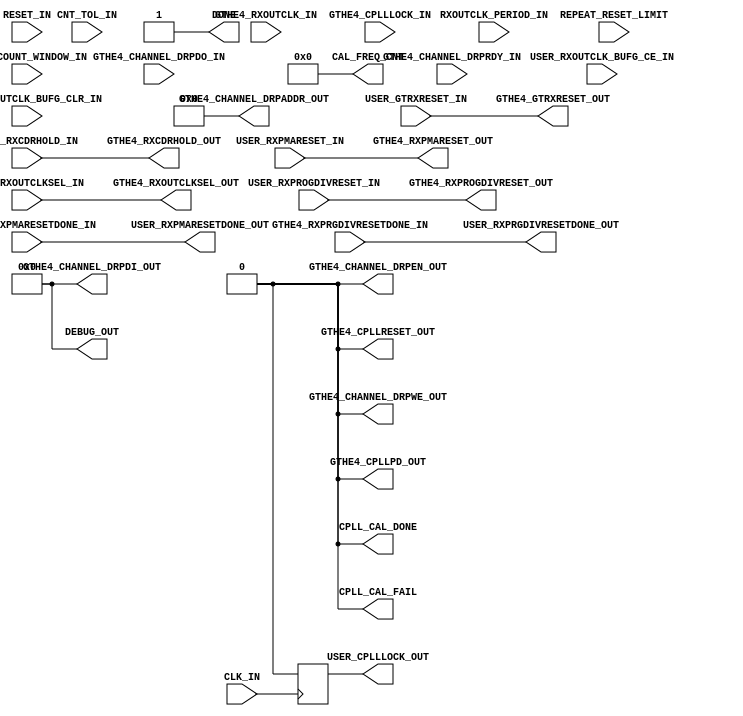
//------------------------------------------------------------------------------
//  (c) Copyright 2013-2015 Xilinx, Inc. All rights reserved.
//
//  This file contains confidential and proprietary information
//  of Xilinx, Inc. and is protected under U.S. and
//  international copyright and other intellectual property
//  laws.
//
//  DISCLAIMER
//  This disclaimer is not a license and does not grant any
//  rights to the materials distributed herewith. Except as
//  otherwise provided in a valid license issued to you by
//  Xilinx, and to the maximum extent permitted by applicable
//  law: (1) THESE MATERIALS ARE MADE AVAILABLE "AS IS" AND
//  WITH ALL FAULTS, AND XILINX HEREBY DISCLAIMS ALL WARRANTIES
//  AND CONDITIONS, EXPRESS, IMPLIED, OR STATUTORY, INCLUDING
//  BUT NOT LIMITED TO WARRANTIES OF MERCHANTABILITY, NON-
//  INFRINGEMENT, OR FITNESS FOR ANY PARTICULAR PURPOSE; and
//  (2) Xilinx shall not be liable (whether in contract or tort,
//  including negligence, or under any other theory of
//  liability) for any loss or damage of any kind or nature
//  related to, arising under or in connection with these
//  materials, including for any direct, or any indirect,
//  special, incidental, or consequential loss or damage
//  (including loss of data, profits, goodwill, or any type of
//  loss or damage suffered as a result of any action brought
//  by a third party) even if such damage or loss was
//  reasonably foreseeable or Xilinx had been advised of the
//  possibility of the same.
//
//  CRITICAL APPLICATIONS
//  Xilinx products are not designed or intended to be fail-
//  safe, or for use in any application requiring fail-safe
//  performance, such as life-support or safety devices or
//  systems, Class III medical devices, nuclear facilities,
//  applications related to the deployment of airbags, or any
//  other applications that could lead to death, personal
//  injury, or severe property or environmental damage
//  (individually and collectively, "Critical
//  Applications"). Customer assumes the sole risk and
//  liability of any use of Xilinx products in Critical
//  Applications, subject only to applicable laws and
//  regulations governing limitations on product liability.
//
//  THIS COPYRIGHT NOTICE AND DISCLAIMER MUST BE RETAINED AS
//  PART OF THIS FILE AT ALL TIMES.
//------------------------------------------------------------------------------

// ***************************
// * DO NOT MODIFY THIS FILE *
// ***************************

`timescale 1ps/1ps

module gtwizard_ultrascale_v1_7_14_gthe4_cpll_cal_rx # (
  parameter C_SIM_CPLL_CAL_BYPASS = 1'b1,
  parameter SIM_RESET_SPEEDUP     = "TRUE",
  parameter CPLL_CAL_ONLY_TX      = 1,
  parameter C_FREERUN_FREQUENCY   = 100
)(
  // control signals
  input   wire  [17:0]  RXOUTCLK_PERIOD_IN,
  input   wire  [17:0]  CNT_TOL_IN,
  input   wire  [15:0]  FREQ_COUNT_WINDOW_IN,
  // User Interface
  input   wire          RESET_IN,
  input   wire          CLK_IN,
  
  input   wire          USER_RXPROGDIVRESET_IN,
  output  wire          USER_RXPRGDIVRESETDONE_OUT,
  output  wire          USER_RXPMARESETDONE_OUT,
  input   wire  [2:0]   USER_RXOUTCLKSEL_IN,
  input   wire          USER_RXOUTCLK_BUFG_CE_IN,
  input   wire          USER_RXOUTCLK_BUFG_CLR_IN,
  output  reg           USER_CPLLLOCK_OUT,
  input   wire          USER_GTRXRESET_IN, 
  input   wire          USER_RXCDRHOLD_IN,
  input   wire          USER_RXPMARESET_IN,
  // Debug Interface
  output  wire          CPLL_CAL_FAIL,
  output  wire          CPLL_CAL_DONE,
  output  wire  [15:0]  DEBUG_OUT,
  output  wire  [17:0]  CAL_FREQ_CNT,
  input         [3:0]   REPEAT_RESET_LIMIT,
  // GT Interface
  input   wire          GTHE4_RXOUTCLK_IN,
  input   wire          GTHE4_CPLLLOCK_IN,
  output  wire          GTHE4_CPLLRESET_OUT,
  output  wire          GTHE4_CPLLPD_OUT,
  output  wire          GTHE4_RXPROGDIVRESET_OUT,
  output  wire   [2:0]  GTHE4_RXOUTCLKSEL_OUT,
  input   wire          GTHE4_RXPRGDIVRESETDONE_IN,
  output  wire  [9:0]   GTHE4_CHANNEL_DRPADDR_OUT,
  output  wire  [15:0]  GTHE4_CHANNEL_DRPDI_OUT,
  output  wire          GTHE4_CHANNEL_DRPEN_OUT,
  output  wire          GTHE4_CHANNEL_DRPWE_OUT,
  input   wire          GTHE4_CHANNEL_DRPRDY_IN,
  input   wire  [15:0]  GTHE4_CHANNEL_DRPDO_IN, 
  output  wire          GTHE4_GTRXRESET_OUT,
  output  wire          GTHE4_RXPMARESET_OUT,
  output  wire          GTHE4_RXCDRHOLD_OUT,
  input   wire          GTHE4_RXPMARESETDONE_IN,
  output  wire          DONE
);

generate if (CPLL_CAL_ONLY_TX == 1)
begin: gen_cal_rx_dis
  assign GTHE4_RXPROGDIVRESET_OUT   =   USER_RXPROGDIVRESET_IN;
  assign GTHE4_GTRXRESET_OUT        =   USER_GTRXRESET_IN; 
  assign GTHE4_RXOUTCLKSEL_OUT      =   USER_RXOUTCLKSEL_IN;
  assign GTHE4_RXCDRHOLD_OUT        =   USER_RXCDRHOLD_IN;
  assign GTHE4_RXPMARESET_OUT       =   USER_RXPMARESET_IN; 
  assign USER_RXPRGDIVRESETDONE_OUT =   GTHE4_RXPRGDIVRESETDONE_IN;
  assign USER_RXPMARESETDONE_OUT    =   GTHE4_RXPMARESETDONE_IN; 
  assign  CPLL_CAL_DONE              =  1'd0;
  assign  CPLL_CAL_FAIL              =  1'd0;
  assign  DONE                       =  1'd1;
  assign  GTHE4_CHANNEL_DRPEN_OUT    =  1'd0;
  assign  GTHE4_CHANNEL_DRPWE_OUT    =  1'd0;
  assign  GTHE4_CPLLPD_OUT           =  1'd0;
  assign  GTHE4_CPLLRESET_OUT        =  1'd0;
  assign  DEBUG_OUT                  = 16'd0;
  assign  GTHE4_CHANNEL_DRPDI_OUT    = 16'd0;
  assign  CAL_FREQ_CNT               = 18'd0;
  assign  GTHE4_CHANNEL_DRPADDR_OUT  = 10'd0;

  always @(posedge CLK_IN) begin
    if(RESET_IN)
    	USER_CPLLLOCK_OUT <= 1'b0;
    else
    	USER_CPLLLOCK_OUT <= 1'b0;
  end

end
else
begin: gen_cal_rx_en

  //DRP FSM
  localparam DRP_WAIT      = 0;
  localparam DRP_READ      = 1;
  localparam DRP_READ_ACK  = 2;
  localparam DRP_MODIFY    = 3;
  localparam DRP_WRITE     = 4;
  localparam DRP_WRITE_ACK = 5;
  localparam DRP_DONE      = 6;

  localparam RESET                = 0;
  localparam READ_X114            = 1;
  localparam CHECK_X114_STATUS    = 2;
  localparam READ_PROGDIV_CFG     = 3;
  localparam SAVE_PROGDIV_CFG     = 4;
  localparam MODIFY_PROGDIV       = 5; 
  localparam MODIFY_RXOUTCLK_SEL  = 6;
  localparam ASSERT_RXCDRHOLD     = 7;
  localparam ASSERT_CPLLPD        = 8;
  localparam DEASSERT_CPLLPD      = 9;
  localparam ASSERT_CPLLRESET     = 10;
  localparam DEASSERT_CPLLRESET   = 11;
  localparam WAIT_GTCPLLLOCK      = 12;
  localparam ASSERT_GTRXRESET     = 13;
  localparam WAIT_RXPMARESETDONE  = 14;
  localparam WAIT_RXPMARESETDONE_DEASSERT = 15; 
  localparam WAIT_RXPMARESETDONE_2        = 16;
  localparam ASSERT_PROGDIVRESET  = 17;
  localparam WAIT_PRGDIVRESETDONE = 18;
  localparam CHECK_FREQ           = 19;
  localparam RESTORE_READ_X114    = 20; 
  localparam RESTORE_PROGDIV      = 21;
  localparam CLEAR_FLAG_x114      = 22;
  localparam WAIT_GTCPLLLOCK2     = 23;
  localparam ASSERT_PROGDIVRESET2 = 24;
  localparam WAIT_PRGDIVRESETDONE2= 25;
  localparam CAL_FAIL             = 26;
  localparam CAL_DONE             = 27;
  
  reg [31:0] cpll_cal_state = 31'd0;
  wire [4:0] cpll_cal_state_bin;
  reg [6:0] drp_state = 7'd1;
  wire drp_done;
  reg [9:0] daddr = 10'd0;
  reg [15:0] di = 16'd0;
  wire drdy;
  wire [15:0] dout;
  reg den = 1'b0;
  reg dwe = 1'b0;
  reg wr = 1'b0;
  reg rd = 1'b0;
  reg [15:0] di_msk;
  reg [15:0] mask;
  reg [24:0] wait_ctr;
  reg [3:0] repeat_ctr;
  reg [15:0] progdiv_cfg_store = 16'd0;
  reg mask_user_in = 1'b0;
  reg cpllreset_int = 1'b0;
  reg cpllpd_int = 1'b0;
  reg rxprogdivreset_int = 1'b0;
  reg rxcdrhold_int = 1'b0; 
  reg gtrxreset_int = 1'b0;
  reg [2:0] rxoutclksel_int = 3'b000;
  reg cal_fail_store = 1'b0;
  reg status_store = 1'b0;
  wire den_i; 
  wire dwe_i;
  
  //All these need to be based on CLK_IN frequency (free_run) 
  localparam [24:0] SYNTH_WAIT_ASSERT_CPLLRESET = (1000 * C_FREERUN_FREQUENCY );  // 1 ms
  localparam [24:0] SYNTH_WAIT_CPLLLOCK = (1000 * C_FREERUN_FREQUENCY );         // 1 ms 
  localparam [24:0] SYNTH_WAIT_DEASSERT_CPLLRESET = (100 * C_FREERUN_FREQUENCY );   // 100 us 
  localparam [24:0] SYNTH_WAIT_ASSERT_PROGDIVRESET = C_FREERUN_FREQUENCY ;   // 1 us 

  localparam [24:0] SIM_WAIT_ASSERT_CPLLRESET = SYNTH_WAIT_ASSERT_CPLLRESET/10; 
  localparam [24:0] SIM_WAIT_CPLLLOCK = SYNTH_WAIT_CPLLLOCK/10;
  localparam [24:0] SIM_WAIT_DEASSERT_CPLLRESET = SYNTH_WAIT_DEASSERT_CPLLRESET/10;  
  localparam [24:0] SIM_WAIT_ASSERT_PROGDIVRESET = SYNTH_WAIT_ASSERT_PROGDIVRESET/10;
  
  localparam [40:1] SIM_RESET_SPEEDUP_REG = SIM_RESET_SPEEDUP;
  localparam [4:0]  WAIT_WIDTH_PROGDIVRESET = 5'd25; // >= 100 ns
  localparam [24:0] WAIT_ASSERT_CPLLRESET =
    //pragma translate_off
    (SIM_RESET_SPEEDUP_REG == "TRUE") ? SIM_WAIT_ASSERT_CPLLRESET :
    //pragma translate_on
                                        SYNTH_WAIT_ASSERT_CPLLRESET;
  localparam [4:0]  WAIT_ASSERT_CPLLPD = 5'd25;  // >= 100 ns
  localparam [24:0] WAIT_DEASSERT_CPLLRESET =  
    //pragma translate_off
    (SIM_RESET_SPEEDUP_REG == "TRUE") ? SIM_WAIT_DEASSERT_CPLLRESET :
    //pragma translate_on
                                        SYNTH_WAIT_DEASSERT_CPLLRESET;
  localparam [24:0] WAIT_CPLLLOCK = 
    //pragma translate_off
    (SIM_RESET_SPEEDUP_REG == "TRUE") ? SIM_WAIT_CPLLLOCK :
    //pragma translate_on
                                        SYNTH_WAIT_CPLLLOCK;
  
  localparam [24:0] WAIT_ASSERT_PROGDIVRESET = 
    //pragma translate_off
    (SIM_RESET_SPEEDUP_REG == "TRUE") ? SIM_WAIT_ASSERT_PROGDIVRESET :
    //pragma translate_on
                                        SYNTH_WAIT_ASSERT_PROGDIVRESET;  


  localparam [15:0] MOD_PROGDIV_CFG = 16'hE062; //divider 20
  localparam [2:0]  MOD_RXOUTCLK_SEL = 3'b101;
  localparam [9:0]  ADDR_RX_PROGDIV_CFG = 10'h0C6; 
  localparam [9:0]  ADDR_X114 = 10'h114;

  // Drive RXOUTCLK with BUFG_GT-buffered source clock, divider = 1
  wire rxoutclkmon;
  //assign rxoutclkmon = GTHE4_RXOUTCLK_IN;
  BUFG_GT bufg_gt_rxoutclkmon_inst (
    .CE      (USER_RXOUTCLK_BUFG_CE_IN),
    .CEMASK  (1'b1),
    .CLR     (USER_RXOUTCLK_BUFG_CLR_IN),
    .CLRMASK (1'b1),
    .DIV     (3'b000),
    .I       (GTHE4_RXOUTCLK_IN),
    .O       (rxoutclkmon)
  );

  wire gthe4_cplllock_sync;
  gtwizard_ultrascale_v1_7_14_bit_synchronizer bit_synchronizer_cplllock_inst (
    .clk_in (CLK_IN),
    .i_in   (GTHE4_CPLLLOCK_IN),
    .o_out  (gthe4_cplllock_sync)
  );

  wire gthe4_rxpmaresetdone_sync; 
  gtwizard_ultrascale_v1_7_14_bit_synchronizer bit_synchronizer_rxpmaresetdone_inst (
    .clk_in (CLK_IN),
    .i_in   (GTHE4_RXPMARESETDONE_IN),
    .o_out  (gthe4_rxpmaresetdone_sync)
  );
  
  wire gthe4_rxprgdivresetdone_sync; 
  gtwizard_ultrascale_v1_7_14_bit_synchronizer bit_synchronizer_rxprgdivresetdone_inst (
    .clk_in (CLK_IN),
    .i_in   (GTHE4_RXPRGDIVRESETDONE_IN),
    .o_out  (gthe4_rxprgdivresetdone_sync)
  );  

  assign GTHE4_CPLLRESET_OUT = cpllreset_int;
  assign GTHE4_CPLLPD_OUT = cpllpd_int;

  always @(posedge CLK_IN) begin
    if (mask_user_in | cpll_cal_state[CAL_FAIL] | cpll_cal_state[RESET] | RESET_IN)
      USER_CPLLLOCK_OUT <= 1'b0;
    else
      USER_CPLLLOCK_OUT <= gthe4_cplllock_sync;
  end

  assign GTHE4_RXPROGDIVRESET_OUT = mask_user_in ? rxprogdivreset_int : USER_RXPROGDIVRESET_IN;
  assign GTHE4_GTRXRESET_OUT = mask_user_in ? gtrxreset_int : USER_GTRXRESET_IN; 
  assign GTHE4_RXOUTCLKSEL_OUT = mask_user_in ? rxoutclksel_int : USER_RXOUTCLKSEL_IN;
  assign GTHE4_RXCDRHOLD_OUT = mask_user_in ? rxcdrhold_int : USER_RXCDRHOLD_IN;
  assign GTHE4_RXPMARESET_OUT = mask_user_in ? 1'b0 : USER_RXPMARESET_IN; 
  assign USER_RXPRGDIVRESETDONE_OUT = mask_user_in ? 1'b0 : GTHE4_RXPRGDIVRESETDONE_IN;
  assign USER_RXPMARESETDONE_OUT = mask_user_in ? 1'b0 : GTHE4_RXPMARESETDONE_IN; 

  // frequency counter for rxoutclk
  wire [17:0] rxoutclk_freq_cnt;
  reg freq_counter_rst = 1'b1;
  wire freq_cnt_done;
  gtwizard_ultrascale_v1_7_14_gthe4_cpll_cal_freq_counter U_RXOUTCLK_FREQ_COUNTER
  (
    .freq_cnt_o(rxoutclk_freq_cnt),
    .done_o(freq_cnt_done),
    .rst_i(freq_counter_rst),
    .test_term_cnt_i(FREQ_COUNT_WINDOW_IN),
    .ref_clk_i(CLK_IN),
    .test_clk_i(rxoutclkmon)
  );

  //Debug signals
  assign DEBUG_OUT = {cpllreset_int,cpllpd_int,gthe4_cplllock_sync,1'b0,freq_cnt_done,freq_counter_rst,mask_user_in,cpll_cal_state_bin,repeat_ctr};
  assign CPLL_CAL_FAIL = cpll_cal_state[CAL_FAIL];
  assign CPLL_CAL_DONE = cpll_cal_state[CAL_DONE];
  assign CAL_FREQ_CNT = rxoutclk_freq_cnt;
  assign DONE = cpll_cal_state[CAL_DONE] | cpll_cal_state[RESET];

  //pragma translate_off
  if (C_SIM_CPLL_CAL_BYPASS == 1'b1)
  begin: gen_sim_cpll_cal_bypass_gthe4
    //CPLL CAL FSM for simulation
    always @(posedge CLK_IN) begin
      if (RESET_IN) begin
        cpll_cal_state <= 0;
        cpll_cal_state[RESET] <= 1'b1;
        cpllreset_int <= 1'b0;
        cpllpd_int <= 1'b0;
        rxprogdivreset_int <= 1'b0;
        mask_user_in <= 1'b0;
        wr <= 1'b0;
        rd <= 1'b0;
        rxcdrhold_int <= 1'b0;
        gtrxreset_int <= 1'b0;
      end
      else begin
        cpll_cal_state <= 0;
        case(1'b1) // synthesis parallel_case full_case
          cpll_cal_state[RESET]: 
          begin
            wait_ctr <= 25'd0;
            repeat_ctr <= 4'd0;
            mask_user_in <= 1'b1;
            di_msk <= 16'b0000_0000_0000_0000;
            cpll_cal_state[READ_X114] <= 1'b1;
          end
          
          cpll_cal_state[READ_X114]:
          begin
            mask_user_in <= 1'b1;
            rd <= 1'b1;
            if (drp_done) begin
              rd <= 1'b0;
              status_store <= dout[15];
              cpll_cal_state[CHECK_X114_STATUS] <= 1'b1;
            end
            else
              cpll_cal_state[READ_X114] <= 1'b1;
          end
          
          cpll_cal_state[CHECK_X114_STATUS]:
          begin 
            if (status_store)
              cpll_cal_state[MODIFY_PROGDIV] <= 1'b1;
            else 
              cpll_cal_state[READ_PROGDIV_CFG] <= 1'b1;  
          end
          
          cpll_cal_state[READ_PROGDIV_CFG]:
          begin
            rd <= 1'b1;
            if (drp_done) begin
              rd <= 1'b0;
              progdiv_cfg_store <= {1'b1,dout[14:0]};
              cpll_cal_state[SAVE_PROGDIV_CFG] <= 1'b1;
            end
            else begin
              cpll_cal_state[READ_PROGDIV_CFG] <= 1'b1;
            end
          end
          
          cpll_cal_state[SAVE_PROGDIV_CFG]:
          begin 
            wr <= 1'b1;
            if (drp_done) begin
              wr <= 1'b0;
              cpll_cal_state[MODIFY_PROGDIV] <= 1'b1; 
            end
            else begin
              cpll_cal_state[SAVE_PROGDIV_CFG] <= 1'b1;
            end
            di_msk <= progdiv_cfg_store;
          end          
          
          cpll_cal_state[MODIFY_PROGDIV]:
          begin
            wr <= 1'b1;
            if (drp_done) begin
              wr <= 1'b0;
              cpll_cal_state[MODIFY_RXOUTCLK_SEL] <= 1'b1;
            end
            else begin
              cpll_cal_state[MODIFY_PROGDIV] <= 1'b1;
              wait_ctr <= 25'd0;
            end
            di_msk<= MOD_PROGDIV_CFG;
          end
          
          cpll_cal_state[MODIFY_RXOUTCLK_SEL]:
          begin
            cpll_cal_state[ASSERT_RXCDRHOLD] <= 1'b1;
          end
          
          cpll_cal_state[ASSERT_RXCDRHOLD]:
          begin
            rxcdrhold_int <= 1'b1;
            cpll_cal_state[ASSERT_CPLLRESET] <= 1'b1;
          end
          
          cpll_cal_state[ASSERT_CPLLRESET]:
          begin
            cpllreset_int <= 1'b1;
            freq_counter_rst <= 1'b1;
            cpll_cal_state[DEASSERT_CPLLRESET] <= 1'b1;
            wait_ctr <= 25'd0;
          end
          
          cpll_cal_state[DEASSERT_CPLLRESET]:
          begin
            if (wait_ctr < WAIT_DEASSERT_CPLLRESET) begin
              wait_ctr <= wait_ctr + 1'b1;
              cpll_cal_state[DEASSERT_CPLLRESET] <= 1'b1;
            end
            else begin
              cpllreset_int <= 1'b0;
              cpll_cal_state[WAIT_GTCPLLLOCK] <= 1'b1;
              wait_ctr <= 16'd0;
            end
          end
          
          cpll_cal_state[WAIT_GTCPLLLOCK]:
          begin
            if(!gthe4_cplllock_sync) begin
              cpll_cal_state[WAIT_GTCPLLLOCK] <= 1'b1;
            end
            else begin
              cpll_cal_state[ASSERT_GTRXRESET] <= 1'b1;
            end
          end
          
          cpll_cal_state[ASSERT_GTRXRESET]:
          begin
            if (wait_ctr < WAIT_WIDTH_PROGDIVRESET) begin
              wait_ctr <= wait_ctr + 1'b1;
              gtrxreset_int <= 1'b1;
              cpll_cal_state[ASSERT_GTRXRESET] <= 1'b1;
            end
            else begin
              gtrxreset_int <= 1'b0;
              cpll_cal_state[WAIT_RXPMARESETDONE] <= 1'b1;
              wait_ctr <= 25'd0;
            end
          end

          cpll_cal_state[WAIT_RXPMARESETDONE]:
          begin
            if (gthe4_rxpmaresetdone_sync) begin
              cpll_cal_state[WAIT_RXPMARESETDONE_DEASSERT] <= 1'b1;
            end
            else begin 
              cpll_cal_state[WAIT_RXPMARESETDONE] <= 1'b1;
            end 
          end  

          cpll_cal_state[WAIT_RXPMARESETDONE_DEASSERT]:
          begin
            if (!gthe4_rxpmaresetdone_sync) begin
              cpll_cal_state[WAIT_RXPMARESETDONE_2] <= 1'b1;
            end
            else begin 
              cpll_cal_state[WAIT_RXPMARESETDONE_DEASSERT] <= 1'b1;
            end 
          end  
          
          cpll_cal_state[WAIT_RXPMARESETDONE_2]:
          begin
            if (gthe4_rxpmaresetdone_sync) begin
              cpll_cal_state[ASSERT_PROGDIVRESET] <= 1'b1;
            end
            else begin 
              cpll_cal_state[WAIT_RXPMARESETDONE_2] <= 1'b1;
            end 
          end    
          
          cpll_cal_state[ASSERT_PROGDIVRESET]:
          begin
            if (wait_ctr < WAIT_ASSERT_PROGDIVRESET) begin
              wait_ctr <= wait_ctr + 1'b1;
              rxprogdivreset_int <= 1'b1;
              cpll_cal_state[ASSERT_PROGDIVRESET] <= 1'b1;
            end
            else begin
              rxprogdivreset_int <= 1'b0;
              cpll_cal_state[WAIT_PRGDIVRESETDONE] <= 1'b1;
              wait_ctr <= 25'd0;
            end
          end
          
          cpll_cal_state[WAIT_PRGDIVRESETDONE]:
          begin
            if (gthe4_rxprgdivresetdone_sync) begin
              cpll_cal_state[CHECK_FREQ] <= 1'b1;
              freq_counter_rst <= 1'b0;
            end
            else begin
              cpll_cal_state[WAIT_PRGDIVRESETDONE] <= 1'b1;
            end
          end
          
          cpll_cal_state[CHECK_FREQ]:
          begin
            if(freq_cnt_done) begin
              if ((rxoutclk_freq_cnt >= (RXOUTCLK_PERIOD_IN - CNT_TOL_IN)) & (rxoutclk_freq_cnt <= (RXOUTCLK_PERIOD_IN + CNT_TOL_IN))) begin
                cpll_cal_state[RESTORE_READ_X114] <= 1'b1;
                cal_fail_store <= 1'b0;
              end
              else begin
                if (repeat_ctr < REPEAT_RESET_LIMIT) begin
                  cpll_cal_state[ASSERT_CPLLRESET] <= 1'b1;
                  repeat_ctr <= repeat_ctr + 1'b1;
                end
                else begin
                  cpll_cal_state[RESTORE_READ_X114] <= 1'b1;
                  cal_fail_store <= 1'b1;
                end
              end
            end
            else
              cpll_cal_state[CHECK_FREQ] <= 1'b1;
          end
          
          cpll_cal_state[RESTORE_READ_X114]: 
          begin
            rd <= 1'b1; 
            if (drp_done) begin
              rd <= 1'b0; 
              progdiv_cfg_store <= dout; 
              cpll_cal_state[RESTORE_PROGDIV] <= 1'b1; 
            end else begin
              cpll_cal_state[RESTORE_READ_X114] <= 1'b1; 
            end 
          end
          
          cpll_cal_state[RESTORE_PROGDIV]:
          begin
            wr <= 1'b1; 
            if (drp_done) begin
              wr <= 1'b0; 
              cpll_cal_state[CLEAR_FLAG_x114] <= 1'b1;
            end
            else begin
              cpll_cal_state[RESTORE_PROGDIV] <= 1'b1;
            end
            di_msk <= progdiv_cfg_store;
          end
          
          cpll_cal_state[CLEAR_FLAG_x114]: 
          begin
            //set [15] to 0
            wr <= 1'b1; 
            if (drp_done) begin 
              wr <= 1'b0; 
              cpll_cal_state[WAIT_GTCPLLLOCK2] <= 1'b1; 
            end 
            else begin 
              cpll_cal_state[CLEAR_FLAG_x114] <= 1'b1; 
            end
            // clear
            di_msk <= 16'h0000;
          end 
         
          cpll_cal_state[WAIT_GTCPLLLOCK2]:
          begin
            cpll_cal_state[ASSERT_PROGDIVRESET2] <= 1'b1;
            if(!gthe4_cplllock_sync)
              cal_fail_store <= 1'b1;
            else
              cal_fail_store <= cal_fail_store;
          end
          
          cpll_cal_state[ASSERT_PROGDIVRESET2]:
          begin
            if (wait_ctr < WAIT_WIDTH_PROGDIVRESET) begin
              wait_ctr <= wait_ctr + 1'b1;
              rxprogdivreset_int <= 1'b1;
              cpll_cal_state[ASSERT_PROGDIVRESET2] <= 1'b1;
            end
            else begin
              rxprogdivreset_int <= 1'b0;
              cpll_cal_state[WAIT_PRGDIVRESETDONE2] <= 1'b1;
              wait_ctr <= 25'd0;
            end
          end
          
          cpll_cal_state[WAIT_PRGDIVRESETDONE2]:
          begin
            if (gthe4_rxprgdivresetdone_sync) begin
              if (cal_fail_store)
                cpll_cal_state[CAL_FAIL] <= 1'b1;
              else
                cpll_cal_state[CAL_DONE] <= 1'b1;
              end
            else begin
              cpll_cal_state[WAIT_PRGDIVRESETDONE2] <= 1'b1;
            end
          end
          
          cpll_cal_state[CAL_FAIL]:
          begin
            cpll_cal_state[CAL_FAIL] <= 1'b1;
            mask_user_in <= 1'b0;
          end
          
          cpll_cal_state[CAL_DONE]:
          begin
            cpll_cal_state[CAL_DONE] <= 1'b1;
            mask_user_in <= 1'b0;
          end
        endcase
      end
    end // always block

  end
  else
  begin: gen_cpll_cal_gthe4_rx
  //pragma translate_on
    //CPLL CAL FSM
    always @(posedge CLK_IN) begin
      if (RESET_IN) begin
        cpll_cal_state <= 0;
        cpll_cal_state[RESET] <= 1'b1;
        cpllreset_int <= 1'b0;
        cpllpd_int <= 1'b0;
        rxprogdivreset_int <= 1'b0;
        mask_user_in <= 1'b0;
        wr <= 1'b0;
        rd <= 1'b0;
        rxcdrhold_int <= 1'b0;
        gtrxreset_int <= 1'b0;        
      end
      else begin
        cpll_cal_state <= 0;
        case(1'b1) // synthesis parallel_case full_case
          cpll_cal_state[RESET]: 
          begin
            wait_ctr <= 25'd0;
            repeat_ctr <= 4'd0;
            mask_user_in <= 1'b1;
            di_msk <= 16'b0000_0000_0000_0000;
            cpll_cal_state[READ_X114] <= 1'b1;
          end
          
          cpll_cal_state[READ_X114]:
          begin
            mask_user_in <= 1'b1;
            rd <= 1'b1;
            if (drp_done) begin
              rd <= 1'b0;
              status_store <= dout[15];
              cpll_cal_state[CHECK_X114_STATUS] <= 1'b1;
            end
            else
              cpll_cal_state[READ_X114] <= 1'b1;
          end
          
          cpll_cal_state[CHECK_X114_STATUS]:
          begin 
            if (status_store)
              cpll_cal_state[MODIFY_PROGDIV] <= 1'b1;
            else 
              cpll_cal_state[READ_PROGDIV_CFG] <= 1'b1;  
          end
          
          cpll_cal_state[READ_PROGDIV_CFG]:
          begin
            rd <= 1'b1;
            if (drp_done) begin
              rd <= 1'b0;
              progdiv_cfg_store <= {1'b1,dout[14:0]};
              cpll_cal_state[SAVE_PROGDIV_CFG] <= 1'b1;
            end
            else begin
              cpll_cal_state[READ_PROGDIV_CFG] <= 1'b1;
            end
          end
          
          cpll_cal_state[SAVE_PROGDIV_CFG]:
          begin 
            wr <= 1'b1;
            if (drp_done) begin
              wr <= 1'b0;
              cpll_cal_state[MODIFY_PROGDIV] <= 1'b1; 
            end
            else begin
              cpll_cal_state[SAVE_PROGDIV_CFG] <= 1'b1;
            end
            di_msk <= progdiv_cfg_store;
          end          
          
          cpll_cal_state[MODIFY_PROGDIV]:
          begin
            wr <= 1'b1;
            if (drp_done) begin
              wr <= 1'b0;
              cpll_cal_state[MODIFY_RXOUTCLK_SEL] <= 1'b1;
            end
            else begin
              cpll_cal_state[MODIFY_PROGDIV] <= 1'b1;
              wait_ctr <= 25'd0;
            end
            di_msk<= MOD_PROGDIV_CFG;
          end
          
          cpll_cal_state[MODIFY_RXOUTCLK_SEL]:
          begin
            cpll_cal_state[ASSERT_RXCDRHOLD] <= 1'b1;
          end
          
          cpll_cal_state[ASSERT_RXCDRHOLD]:
          begin
            rxcdrhold_int <= 1'b1;
            cpll_cal_state[ASSERT_CPLLPD] <= 1'b1;
          end
          
          cpll_cal_state[ASSERT_CPLLPD]:
          begin
            if (wait_ctr < WAIT_ASSERT_CPLLPD) begin
              wait_ctr <= wait_ctr + 1'b1;
              cpll_cal_state[ASSERT_CPLLPD] <= 1'b1;                 
            end
            else begin
              cpllpd_int <= 1'b1;
              cpll_cal_state[DEASSERT_CPLLPD] <= 1'b1;
              wait_ctr <= 25'd0;
            end
          end
          
          cpll_cal_state[DEASSERT_CPLLPD]:
          begin
            if (wait_ctr < SYNTH_WAIT_DEASSERT_CPLLRESET) begin
              wait_ctr <= wait_ctr + 1'b1;
              cpll_cal_state[DEASSERT_CPLLPD] <= 1'b1;
            end
            else begin
              cpllpd_int <= 1'b0;
              cpll_cal_state[ASSERT_CPLLRESET] <= 1'b1;
              wait_ctr <= 16'd0;
              freq_counter_rst <= 1'b1;
            end
          end 
          
          cpll_cal_state[ASSERT_CPLLRESET]:
          begin
            if (wait_ctr < WAIT_ASSERT_CPLLRESET) begin
              wait_ctr <= wait_ctr + 1'b1;
              cpll_cal_state[ASSERT_CPLLRESET] <= 1'b1;
            end
            else begin
              cpllreset_int <= 1'b1;
              freq_counter_rst <= 1'b1;
              cpll_cal_state[DEASSERT_CPLLRESET] <= 1'b1;
              wait_ctr <= 25'd0;
            end
          end
          
          cpll_cal_state[DEASSERT_CPLLRESET]:
          begin
            if (wait_ctr < WAIT_DEASSERT_CPLLRESET) begin
              wait_ctr <= wait_ctr + 1'b1;
              cpll_cal_state[DEASSERT_CPLLRESET] <= 1'b1;
            end
            else begin
              cpllreset_int <= 1'b0;
              cpll_cal_state[WAIT_GTCPLLLOCK] <= 1'b1;
              wait_ctr <= 16'd0;
            end
          end
          
          cpll_cal_state[WAIT_GTCPLLLOCK]:
          begin
            if(wait_ctr < WAIT_CPLLLOCK) begin
              cpll_cal_state[WAIT_GTCPLLLOCK] <= 1'b1;
              wait_ctr <= wait_ctr + 1'b1;
            end
            else begin
              cpll_cal_state[ASSERT_GTRXRESET] <= 1'b1;
              wait_ctr <= 16'd0;
            end
          end
          
          cpll_cal_state[ASSERT_GTRXRESET]:
          begin
            if (wait_ctr < WAIT_WIDTH_PROGDIVRESET) begin
              wait_ctr <= wait_ctr + 1'b1;
              gtrxreset_int <= 1'b1;
              cpll_cal_state[ASSERT_GTRXRESET] <= 1'b1;
            end
            else begin
              gtrxreset_int <= 1'b0;
              cpll_cal_state[WAIT_RXPMARESETDONE] <= 1'b1;
              wait_ctr <= 25'd0;
            end
          end

          cpll_cal_state[WAIT_RXPMARESETDONE]:
          begin
            if (gthe4_rxpmaresetdone_sync) begin
              cpll_cal_state[WAIT_RXPMARESETDONE_DEASSERT] <= 1'b1;
            end
            else begin 
              cpll_cal_state[WAIT_RXPMARESETDONE] <= 1'b1;
            end 
          end  
          
          cpll_cal_state[WAIT_RXPMARESETDONE_DEASSERT]:
          begin
            if (!gthe4_rxpmaresetdone_sync) begin
              cpll_cal_state[WAIT_RXPMARESETDONE_2] <= 1'b1;
            end
            else begin 
              cpll_cal_state[WAIT_RXPMARESETDONE_DEASSERT] <= 1'b1;
            end 
          end  
          
          cpll_cal_state[WAIT_RXPMARESETDONE_2]:
          begin
            if (gthe4_rxpmaresetdone_sync) begin
              cpll_cal_state[ASSERT_PROGDIVRESET] <= 1'b1;
            end
            else begin 
              cpll_cal_state[WAIT_RXPMARESETDONE_2] <= 1'b1;
            end 
          end    
          
          cpll_cal_state[ASSERT_PROGDIVRESET]:
          begin
            if (wait_ctr < WAIT_ASSERT_PROGDIVRESET) begin
              wait_ctr <= wait_ctr + 1'b1;
              rxprogdivreset_int <= 1'b1;
              cpll_cal_state[ASSERT_PROGDIVRESET] <= 1'b1;
            end
            else begin
              rxprogdivreset_int <= 1'b0;
              cpll_cal_state[WAIT_PRGDIVRESETDONE] <= 1'b1;
              wait_ctr <= 25'd0;
            end
          end
          
          cpll_cal_state[WAIT_PRGDIVRESETDONE]:
          begin
            if (gthe4_rxprgdivresetdone_sync) begin
              cpll_cal_state[CHECK_FREQ] <= 1'b1;
              freq_counter_rst <= 1'b0;
            end
            else begin
              cpll_cal_state[WAIT_PRGDIVRESETDONE] <= 1'b1;
            end
          end
          
          cpll_cal_state[CHECK_FREQ]:
          begin
            if(freq_cnt_done) begin
              if ((rxoutclk_freq_cnt >= (RXOUTCLK_PERIOD_IN - CNT_TOL_IN)) & (rxoutclk_freq_cnt <= (RXOUTCLK_PERIOD_IN + CNT_TOL_IN))) begin
                cpll_cal_state[RESTORE_READ_X114] <= 1'b1;
                cal_fail_store <= 1'b0;
              end
              else begin
                if (repeat_ctr < REPEAT_RESET_LIMIT) begin
                  cpll_cal_state[ASSERT_CPLLPD] <= 1'b1;
                  repeat_ctr <= repeat_ctr + 1'b1;
                end
                else begin
                  cpll_cal_state[RESTORE_READ_X114] <= 1'b1;
                  cal_fail_store <= 1'b1;
                end
              end
            end
            else
              cpll_cal_state[CHECK_FREQ] <= 1'b1;
          end
          
          cpll_cal_state[RESTORE_READ_X114]: 
          begin
            rd <= 1'b1; 
            if (drp_done) begin
              rd <= 1'b0; 
              progdiv_cfg_store <= dout; 
              cpll_cal_state[RESTORE_PROGDIV] <= 1'b1; 
            end else begin
              cpll_cal_state[RESTORE_READ_X114] <= 1'b1; 
            end 
          end
          
          cpll_cal_state[RESTORE_PROGDIV]:
          begin
            wr <= 1'b1; 
            if (drp_done) begin
              wr <= 1'b0; 
              cpll_cal_state[CLEAR_FLAG_x114] <= 1'b1;
            end
            else begin
              cpll_cal_state[RESTORE_PROGDIV] <= 1'b1;
            end
            di_msk <= progdiv_cfg_store;
          end
          
          cpll_cal_state[CLEAR_FLAG_x114]: 
          begin
            //set [15] to 0
            wr <= 1'b1; 
            if (drp_done) begin 
              wr <= 1'b0; 
              cpll_cal_state[WAIT_GTCPLLLOCK2] <= 1'b1; 
            end 
            else begin 
              cpll_cal_state[CLEAR_FLAG_x114] <= 1'b1; 
            end
            // clear
            di_msk <= 16'h0000;
          end 
          
          cpll_cal_state[WAIT_GTCPLLLOCK2]:
          begin
            cpll_cal_state[ASSERT_PROGDIVRESET2] <= 1'b1;
            if(!gthe4_cplllock_sync)
              cal_fail_store <= 1'b1;
            else
              cal_fail_store <= cal_fail_store;
          end
          
          cpll_cal_state[ASSERT_PROGDIVRESET2]:
          begin
            if (wait_ctr < WAIT_WIDTH_PROGDIVRESET) begin
              wait_ctr <= wait_ctr + 1'b1;
              rxprogdivreset_int <= 1'b1;
              cpll_cal_state[ASSERT_PROGDIVRESET2] <= 1'b1;
            end
            else begin
              rxprogdivreset_int <= 1'b0;
              cpll_cal_state[WAIT_PRGDIVRESETDONE2] <= 1'b1;
              wait_ctr <= 25'd0;
            end
          end
          
          cpll_cal_state[WAIT_PRGDIVRESETDONE2]:
          begin
            if (gthe4_rxprgdivresetdone_sync) begin
              if (cal_fail_store)
                cpll_cal_state[CAL_FAIL] <= 1'b1;
              else
                cpll_cal_state[CAL_DONE] <= 1'b1;
              end
            else begin
              cpll_cal_state[WAIT_PRGDIVRESETDONE2] <= 1'b1;
            end
          end
          
          cpll_cal_state[CAL_FAIL]:
          begin
            rxcdrhold_int <= 1'b0;
            cpll_cal_state[CAL_FAIL] <= 1'b1;
            mask_user_in <= 1'b0;
          end
          
          cpll_cal_state[CAL_DONE]:
          begin
            rxcdrhold_int <= 1'b0;          
            cpll_cal_state[CAL_DONE] <= 1'b1;
            mask_user_in <= 1'b0;
          end
        endcase
      end
    end // always block
  
  //pragma translate_off
  end
  //pragma translate_on

  always @(posedge CLK_IN) begin
    if (cpll_cal_state[RESET])
      rxoutclksel_int <= 3'b0;
    else if (cpll_cal_state[MODIFY_RXOUTCLK_SEL])
      rxoutclksel_int <= MOD_RXOUTCLK_SEL;
    else 
      rxoutclksel_int <= rxoutclksel_int;
  end

  always @(posedge CLK_IN) begin
    if (cpll_cal_state[RESET]) begin
      daddr <= 10'h000;
      mask  <= 16'b1111_1111_1111_1111;
    end
    else if (cpll_cal_state[READ_X114] | cpll_cal_state[SAVE_PROGDIV_CFG] | cpll_cal_state[RESTORE_READ_X114] | cpll_cal_state[CLEAR_FLAG_x114]) begin 
      daddr <= ADDR_X114;
    end
    else if (cpll_cal_state[READ_PROGDIV_CFG] | cpll_cal_state[MODIFY_PROGDIV] | cpll_cal_state[RESTORE_PROGDIV]) begin
      daddr <= ADDR_RX_PROGDIV_CFG;
    end
  end

  assign drp_done = drp_state[DRP_DONE];
  assign GTHE4_CHANNEL_DRPEN_OUT = den;
  assign GTHE4_CHANNEL_DRPWE_OUT = dwe;
  assign GTHE4_CHANNEL_DRPADDR_OUT = daddr;
  assign GTHE4_CHANNEL_DRPDI_OUT = di;
  assign drdy = GTHE4_CHANNEL_DRPRDY_IN; 
  assign dout = GTHE4_CHANNEL_DRPDO_IN; 
  
  always @(posedge CLK_IN) begin
  if (RESET_IN) begin
    den <= 1'b0;
    dwe <= 1'b0;
    di <= 16'h0000;
    drp_state <= 0;
    drp_state[DRP_WAIT] <= 1'b1;
  end
  else begin
    drp_state <= 0;
    case (1'b1) // synthesis parallel_case full_case
        drp_state[DRP_WAIT]:
        begin
          if (rd) drp_state[DRP_READ] <= 1'b1;
          else if (wr) drp_state[DRP_WRITE] <= 1'b1;
          else         drp_state[DRP_WAIT] <= 1'b1;
        end
        drp_state[DRP_READ]:
        begin
          den <= 1'b1;
          drp_state[DRP_READ_ACK] <= 1'b1;
        end
        drp_state[DRP_READ_ACK]:
        begin
          den <= 1'b0;
          if (drdy == 1'b1) begin
            if (rd) drp_state[DRP_DONE] <= 1'b1;
            else    drp_state[DRP_MODIFY] <= 1'b1;
          end
          else      drp_state[DRP_READ_ACK] <= 1'b1;
        end
        drp_state[DRP_MODIFY]:
        begin
          drp_state[DRP_WRITE] <= 1'b1;
        end
        drp_state[DRP_WRITE]:
        begin
          den <= 1'b1;
          dwe <= 1'b1;
          di <= di_msk;
          drp_state[DRP_WRITE_ACK] <= 1'b1;
        end
        drp_state[DRP_WRITE_ACK]:
        begin
          den <= 1'b0;
          dwe <= 1'b0;
          if (drdy == 1'b1) drp_state[DRP_DONE] <= 1'b1;
          else              drp_state[DRP_WRITE_ACK] <= 1'b1;
        end
        drp_state[DRP_DONE]:
        begin
          drp_state[DRP_WAIT] <= 1'b1;
        end
    endcase
  end
  end 

    //debug logic - convert one hot state to binary
  genvar i,j;
    for (j=0; j<5; j=j+1)
    begin : jl
      wire [32-1:0] tmp_mask;
      for (i=0; i<32; i=i+1)
      begin : il
        assign tmp_mask[i] = i[j];
      end
      assign cpll_cal_state_bin[j] = |(tmp_mask & cpll_cal_state);
    end
  
end
endgenerate
endmodule //CPLL_CAL